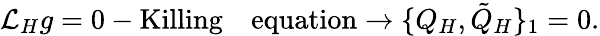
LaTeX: {\cal L}_{H}g=0-\mathrm{{Killing\quad equation}}\rightarrow\{ Q_{H},{\tilde{Q}}_{H}\} _{1}=0.